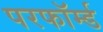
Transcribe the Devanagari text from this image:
परफॉर्म्ड